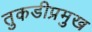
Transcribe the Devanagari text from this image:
तुकडीप्रमुख